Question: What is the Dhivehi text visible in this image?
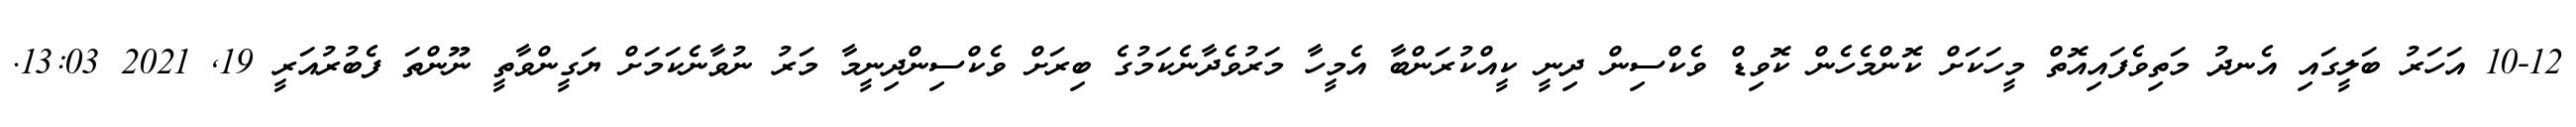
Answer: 10-12 އަހަރު ބަލީގައި އެނދު މަތިވެފައިއޮތް މީހަކަށް ކޮންމެހެން ކޮވިޑް ވެކްސިން ދިނީ ކީއްކުރަންބާ އެމީހާ މަރުވެދާނެކަމުގެ ބިރަށް ވެކްސިންދިނީމާ މަރު ނުވާނެކަމަށް ޔަގީންވާތީ ނޫންތަ ފެބުރުއަރީ 19, 2021 13:03.